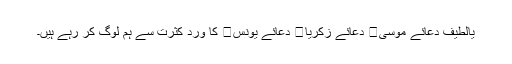
یالطیف دعائے موسی دعائے زکریا دعائے یونس کا ورد کثرت سے ہم لوگ کر رہے ہیں۔